Report of the Indian Hemp Drugs Commission, 1894-1895 - Volume II
Year: 1894
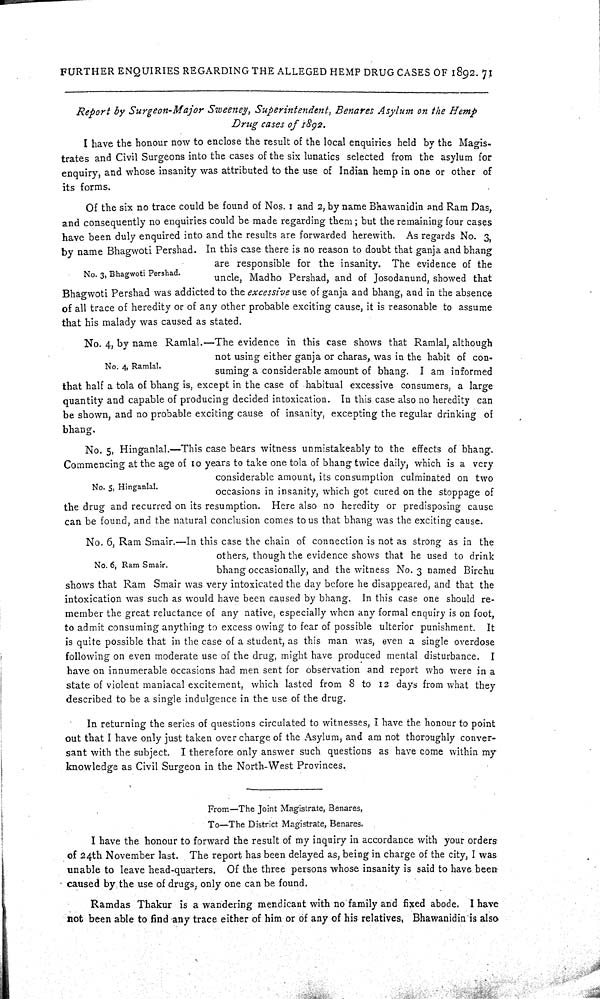
FURTHER ENQUIRIES REGARDING THE ALLEGED HEMP DRUG CASES OF 1892. 71
Report by Surgeon-Major Sweeney, Superintendent, Benares Asylum on the Hemp
Drug cases of 1892.
I have the honour now to enclose the result of the local enquiries held by the Magis-
trates and Civil Surgeons into the cases of the six lunatics selected from the asylum for
enquiry, and whose insanity was attributed to the use of Indian hemp in one or other of
its forms.
No. 3, Bhagwoti Pershad.
Of the six no trace could be found of Nos. 1 and 2, by name Bhawanidin and Ram Das,
and consequently no enquiries could be made regarding them; but the remaining four cases
have been duly enquired into and the results are forwarded herewith. As regards No. 3,
by name Bhasrwoti Pershad. In this case there is no reason to doubt that ganja and bhang
are responsible for the insanity. The evidence of the
uncle, Madho Pershad, and of Josodanund, showed that
Bhagwoti Pershad was addicted to the excessive use of ganja and bhang, and in the absence
of all trace of heredity or of any other probable exciting cause, it is reasonable to assume
that his malady was caused as stated.
No. 4, Ramlal.
No. 4, by name Ramlal.—The evidence in this case shows that Ramlal, although
not using either ganja or charas, was in the habit of con-
suming a considerable amount of bhang. I am informed
that half a tola of bhang is, except in the case of habitual excessive consumers, a large
quantity and capable of producing decided intoxication. In this case also no heredity can
be shown, and no probable exciting cause of insanity, excepting the regular drinking of
bhang.
No. 5, Hinganlal.
No. 5, Hinganlal.—This case bears witness unmistakeably to the effects of bhang.
Commencing at the age of 10 years to take one tola of bhang twice daily, which is a very
considerable amount, its consumption culminated on two
occasions in insanity, which got cured on the stoppage of
the drug and recurred on its resumption. Here also no heredity or predisposing cause
can be found, and the natural conclusion comes to us that bhang was the exciting cause.
No. 6, Ram Smair.
No. 6, Ram Smair.—In this case the chain of connection is not as strong as in the
others, though the evidence shows that he used to drink
bhang occasionally, and the witness No. 3 named Birchu
shows that Ram Smair was very intoxicated the day before he disappeared, and that the
intoxication was such as would have been caused by bhang. In this case one should re-
member the great reluctance of any native, especially when any formal enquiry is on foot,
to admit consuming anything to excess owing to fear of possible ulterior punishment. It
is quite possible that in the case of a student, as this man was, even a single overdose
following on even moderate use of the drug, might have produced mental disturbance. I
have on innumerable occasions had men sent for observation and report who were in a
state of violent maniacal excitement, which lasted from 8 to 12 days from what they
described to be a single indulgence in the use of the drug.
In returning the series of questions circulated to witnesses, I have the honour to point
out that I have only just taken over charge of the Asylum, and am not thoroughly conver-
sant with the subject. I therefore only answer such questions as have come within my
knowledge as Civil Surgeon in the North-West Provinces.
From—The Joint Magistrate, Benares,
To—The District Magistrate, Benares.
I have the honour to forward the result of my inquiry in accordance with your orders
of 24th November last. The report has been delayed as, being in charge of the city, I was
unable to leave head-quarters. Of the three persons whose insanity is said to have been
caused by the use of drugs, only one can be found.
Ramdas Thakur is a wandering mendicant with no family and fixed abode. I have
not been able to find any trace either of him or of any of his relatives. Bhawanidin is also